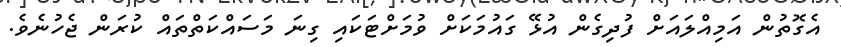
އެގޮތުން އަމިއްލައަށް ފުދިގެން އުޅޭ ގައުމަކަށް ވުމަށްޓަކައި ގިނަ މަސައްކަތްތައް ކުރަން ޖެހުނެވެ.